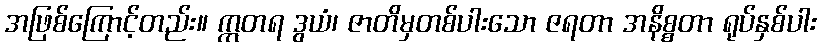
အဖြစ်ကြောင့်တည်း။ ဣတရ ဒွယံ၊ ဇာတိမှတစ်ပါးသော ဇရတာ အနိစ္စတာ ရုပ်နှစ်ပါး